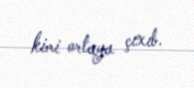
kimi ortaya çıxıb.